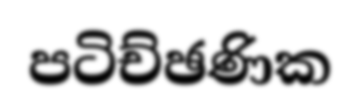
පටිච්ඡණික